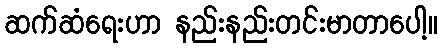
ဆက်ဆံရေးဟာ နည်းနည်းတင်းမာတာပေါ့။